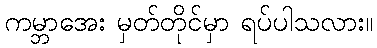
ကမ္ဘာအေး မှတ်တိုင်မှာ ရပ်ပါသလား။